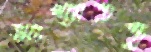
সংখ্যাতত্ত্ব